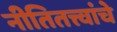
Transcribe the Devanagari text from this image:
नीतितत्त्वांचे